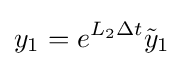
y_{1}=e^{L_{2}\Delta t}{\tilde {y}}_{1}